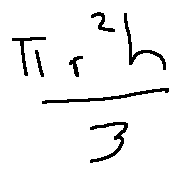
\frac { \pi r ^ { 2 } h } { 3 }